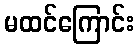
မထင်ကြောင်း